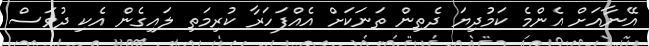
އޭނާއަށް އެންމެ ކަމުދިޔަ ދެތިން ތަނަކަށް އެއްފަހަރާ ކުރިމަތި ލައިގެން އެކި ދުވަސް